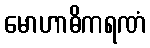
မောဟာဓိကရဏံ